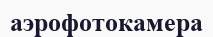
аэрофотокамера